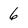
Character: 6